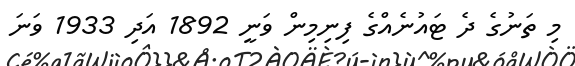
މި ތަނުގެ ދެ ޓައުނެއްގެ ފިނިމިން ވަނީ 1892 އަދި 1933 ވަނަ